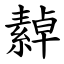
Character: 繛